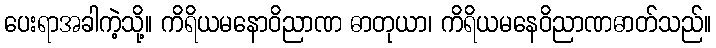
ပေးရာအခါကဲ့သို့။ ကိရိယမနောဝိညာဏ ဓာတုယာ၊ ကိရိယမနေဝိညာဏဓာတ်သည်။